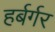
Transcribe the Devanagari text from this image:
हर्बर्गर